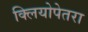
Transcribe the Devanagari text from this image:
क्लियोपेतरा